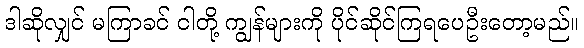
ဒါဆိုလျှင် မကြာခင် ငါတို့ ကျွန်များကို ပိုင်ဆိုင်ကြရပေဦးတော့မည်။